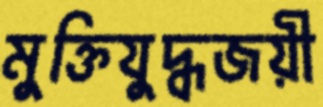
মুক্তিযুদ্ধজয়ী